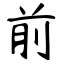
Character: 前